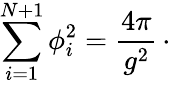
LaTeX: \sum_{i=1}^{N+1}\phi_{i}^{2}={\frac{4\pi}{g^{2}}}\, \cdotp